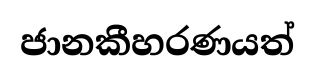
ජානකීහරණයත්